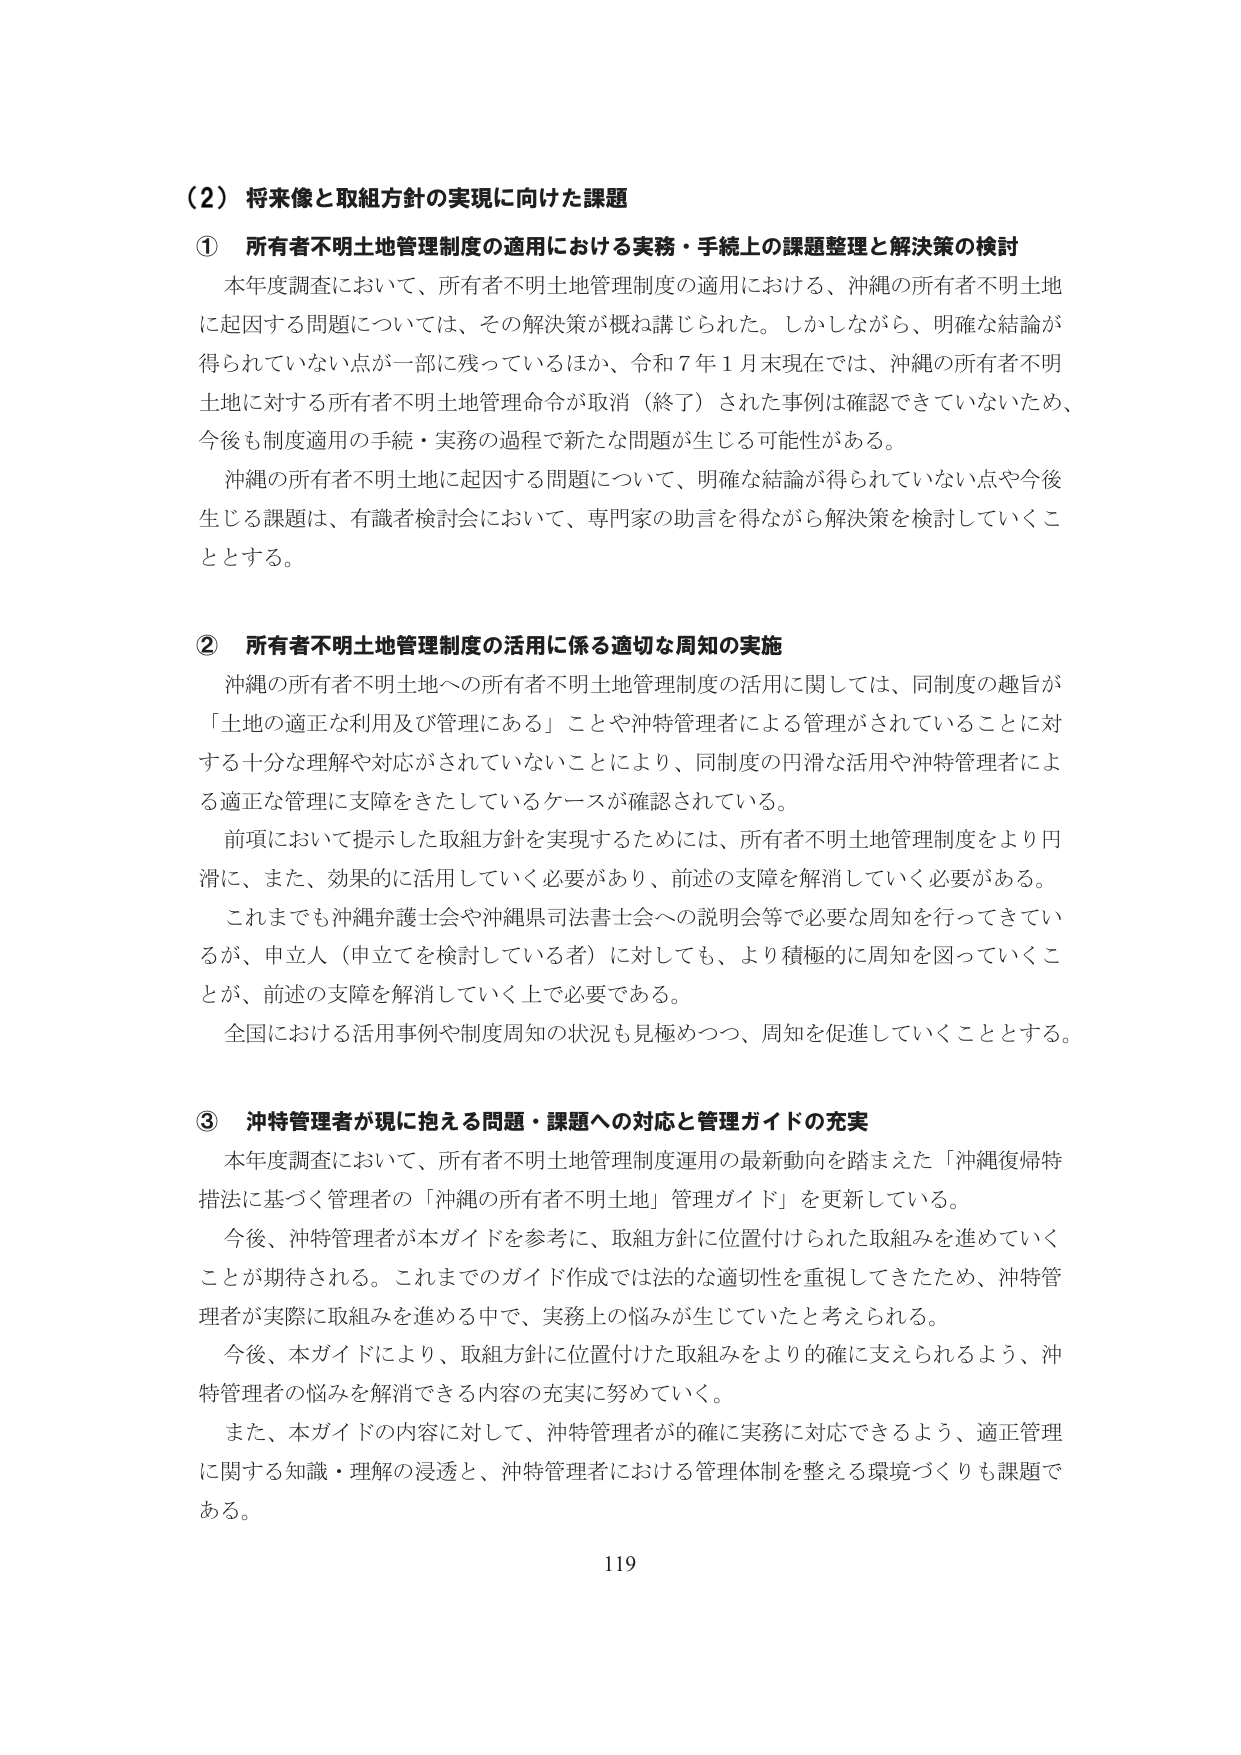
（2）将来像と取組方針の実現に向けた課題

① 所有者不明土地管理制度の適用における実務・手続上の課題整理と解決策の検討

本年度調査において、所有者不明土地管理制度の適用における、沖縄の所有者不明土地に起因する問題については、その解決策が概ね講じられた。しかしながら、明確な結論が得られていない点が一部に残っているほか、令和７年１月末現在では、沖縄の所有者不明土地に対する所有者不明土地管理命令が取消（終了）された事例は確認できていないため、今後も制度適用の手続・実務の過程で新たな問題が生じる可能性がある。

沖縄の所有者不明土地に起因する問題について、明確な結論が得られていない点や今後生じる課題は、有識者検討会において、専門家の助言を得ながら解決策を検討していくこととする。

② 所有者不明土地管理制度の活用に係る適切な周知の実施

沖縄の所有者不明土地への所有者不明土地管理制度の活用に関しては、同制度の趣旨が「土地の適正な利用及び管理にある」ことや沖特管理者による管理がされていることに対する十分な理解や対応がされていないことにより、同制度の円滑な活用や沖特管理者による適正な管理に支障をきたしているケースが確認されている。

前項において提示した取組方針を実現するためには、所有者不明土地管理制度をより円滑に、また、効果的に活用していく必要があり、前述の支障を解消していく必要がある。

これまででも沖縄弁護士会や沖縄県司法書士会への説明会等で必要な周知を行ってきているが、申立人（申立てを検討している者）に対しても、より積極的に周知を図っていくことが、前述の支障を解消していく上で必要である。

全国における活用事例や制度周知の状況も見極めつつ、周知を促進していくこととする。

③ 沖特管理者が現に抱える問題・課題への対応と管理ガイドの充実

本年度調査において、所有者不明土地管理制度運用の最新動向を踏まえた「沖縄復帰特措法に基づく管理者の『沖縄の所有者不明土地』管理ガイド」を更新している。

今後、沖特管理者が本ガイドを参考に、取組方針に位置付けられた取組みを進めていくことが期待される。これまでのガイド作成では法的な適切性を重視してきたため、沖特管理者が実際に取組みを進める中で、実務上の悩みが生じていたと考えられる。

今後、本ガイドにより、取組方針に位置付けた取組みをより的確に支えられるよう、沖特管理者の悩みを解消できる内容の充実に努めていく。

また、本ガイドの内容に対して、沖特管理者が的確に実務に対応できるよう、適正管理に関する知識・理解の浸透と、沖特管理者における管理体制を整える環境づくりも課題である。

119